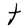
Character: t